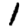
Digit: 1